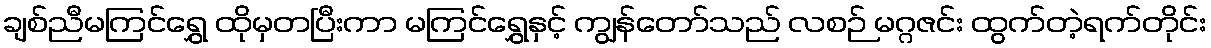
ချစ်ညီမကြင်ရွှေ ထိုမှတပြီးကာ မကြင်ရွှေနှင့် ကျွန်တော်သည် လစဉ် မဂ္ဂဇင်း ထွက်တဲ့ရက်တိုင်း